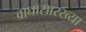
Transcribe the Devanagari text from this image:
वाघासारख्या